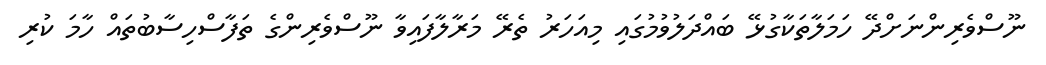
ނޫސްވެރިންނަށްދޭ ހަމަލާތަކާގުޅޭ ބައްދަލުވުމުގައި މިއަހަރު ތެރޭ މަރާލާފައިވާ ނޫސްވެރިންގެ ތަފާސްހިސާބުތައް ހާމަ ކުރި